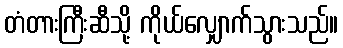
တံတားကြီးဆီသို့ ကိုယ်လျှောက်သွားသည်။